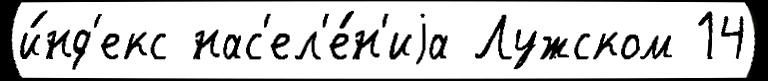
и́нд'екс нас'ел'е́н'иjа Лужском 14